Annual vaccination report of Bihar and Orissa - 1911-1928
Year: 1911
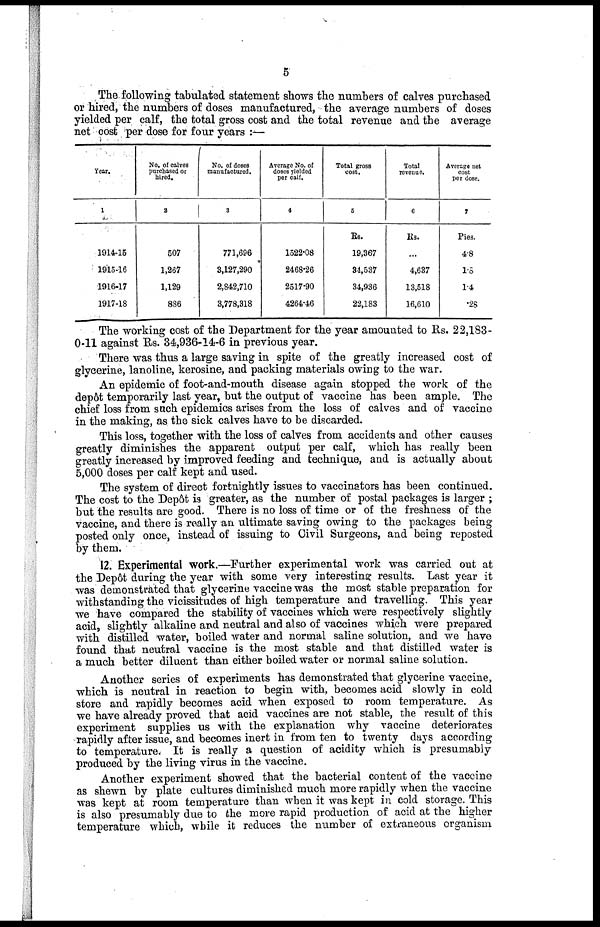
5
The following tabulated statement shows the numbers of calves purchased
or hired, the numbers of doses manufactured, the average numbers of doses
yielded per calf, the total gross cost and the total revenue and the average
net cost per dose for four years :—
Year.
1
914-15
1915-16
1916-17
1917-18
No. of calves
purchased or
hired.
2
507
1,267
1,129
886
No. of doses
manufactured.
3
771,696
3,127,290
2,842,710
3,778,318
Average No. of
doses yielded
per calf.
4
1522.08
2468.26
2517.90
4264.46
Total gross
cost,
5
Rs.
19,367
34,537
34,936
22,183
Total
revenue.
6
Rs.
...
4,637
13,518
16,610
Average net
cost
per dose.
7
Pies.
4.8
1.5
1.4
.28
The working cost of the Department for the year amounted to Rs. 22,183-
0-11 against Rs. 34,936-14-6 in previous year.
There was thus a large saving in spite of the greatly increased cost of
glycerine, lanoline, kerosine, and packing materials owing to the war.
An epidemic of foot-and-mouth disease again stopped the work of the
depôt temporarily last year, but the output of vaccine has been ample. The
chief loss from such epidemics arises from the loss of calves and of vaccine
in the making, as the sick calves have to be discarded.
This loss, together with the loss of calves from accidents and other causes
greatly diminishes the apparent output per calf, which has really been
greatly increased by improved feeding and technique, and is actually about
5,000 doses per calf kept and used.
The system of direct fortnightly issues to vaccinators has been continued.
The cost to the Depôt is greater, as the number of postal packages is larger ;
but the results are good. There is no loss of time or of the freshness of the
vaccine, and there is really an ultimate saving owing to the packages being
posted only once, instead of issuing to Civil Surgeons, and being reposted
by them.
12. Experimental work.—Further experimental work was carried out at
the Depôt during the year with some very interesting results. Last year it
was demonstrated that glycerine vaccine was the most stable preparation for
withstanding the vicissitudes of high temperature and travelling. This year
we have compared the stability of vaccines which were respectively slightly
acid, slightly alkaline and neutral and also of vaccines which were prepared
with distilled water, boiled water and normal saline solution, and we have
found that neutral vaccine is the most stable and that distilled water is
a much better diluent than either boiled water or normal saline solution.
Another series of experiments has demonstrated that glycerine vaccine,
which is neutral in reaction to begin with, becomes acid slowly in cold
store and rapidly becomes acid when exposed to room temperature. As
we have already proved that acid vaccines are not stable, the result of this
experiment supplies us with the explanation why vaccine deteriorates
rapidly after issue, and becomes inert in from ten to twenty days according
to temperature. It is really a question of acidity which is presumably
produced by the living virus in the vaccine.
Another experiment showed that the bacterial content of the vaccine
as shewn by plate cultures diminished much more rapidly when the vaccine
was kept at room temperature than when it was kept in cold storage. This
is also presumably due to the more rapid production of acid at the higher
temperature which, while it reduces the number of extraneous organism